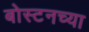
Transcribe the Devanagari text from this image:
बोस्टनच्या